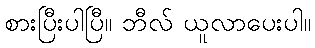
စားပြီးပါပြီ။ ဘီလ် ယူလာပေးပါ။